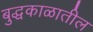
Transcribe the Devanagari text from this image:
बुद्धकाळातील